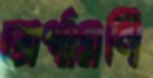
অর্পামণি